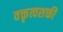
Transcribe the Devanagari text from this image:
वक्तृत्वशक्ती